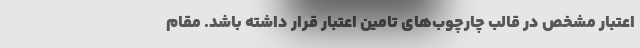
اعتبار مشخص در قالب چارچوب‌های تامین اعتبار قرار داشته باشد. مقام